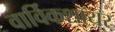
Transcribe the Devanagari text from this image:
वार्विकशॉयर